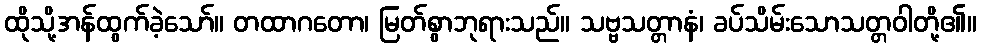
ထိုသို့အန်ထွက်ခဲ့သော်။ တထာဂတော၊ မြတ်စွာဘုရားသည်။ သဗ္ဗသတ္တာနံ၊ ခပ်သိမ်းသောသတ္တဝါတို့၏။